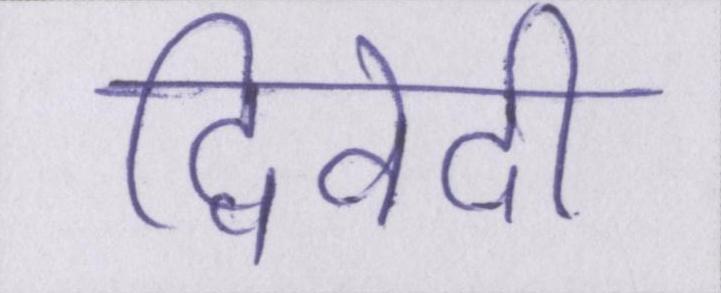
द्विवेदी